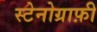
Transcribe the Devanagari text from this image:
स्टेनोग्राफ़ी